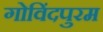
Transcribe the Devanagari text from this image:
गोविंदपुरम